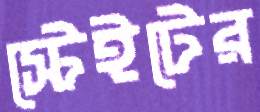
স্টেইটের